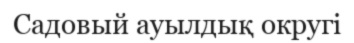
Садовый ауылдық округі